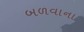
બળવાના